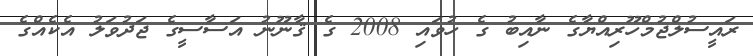
ރައީސުލްޖުމްހޫރިއްޔާގެ ނާއިބު ގެ ހުވައި 2008 ގެ ޤާނޫނު އަސާސީގެ ޖަދުވަލު އެކެއްގެ